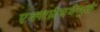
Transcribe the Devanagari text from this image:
एक्सप्रेसवेमुळे